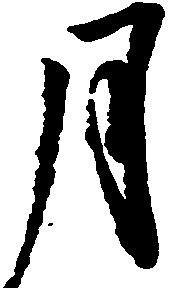
月